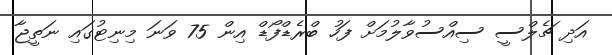
އަދި ޗެލްސީ ސިއްސުވާލުމަށް ފަހު ބްރެޑްފޯޑް އިން 75 ވަނަ މިނިޓުގައި ނަތީޖާ